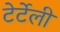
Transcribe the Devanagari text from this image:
टेर्टेली